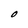
Character: O